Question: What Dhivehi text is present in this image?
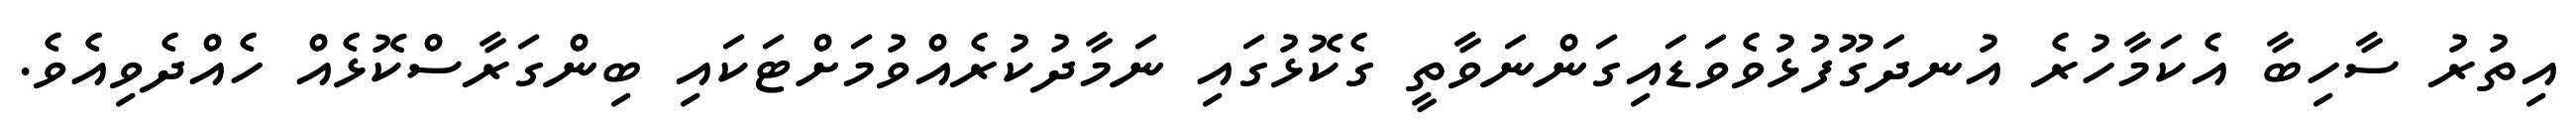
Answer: އިތުރު ސާހިބާ އެކަމާހުރެ އުނދަގޫފުޅުވެވަޑައިގަންނަވާތީ ގެކޮޅުގައި ނަމާދުކުރެއްވުމަށްޓަކައި ބިންގަރާސްކޮޅެއް ހެއްދެވިއެވެ.